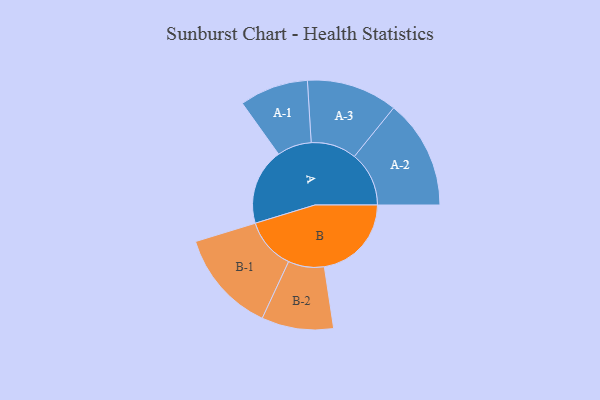
{"axis": {"x": "Segment", "y": "Value"}, "legend": ["", "A", "B"], "data": [{"x": "A", "y": 336, "type": ""}, {"x": "B", "y": 383, "type": ""}, {"x": "A-1", "y": 151, "type": "A"}, {"x": "A-2", "y": 240, "type": "A"}, {"x": "A-3", "y": 200, "type": "A"}, {"x": "B-1", "y": 226, "type": "B"}, {"x": "B-2", "y": 158, "type": "B"}]}